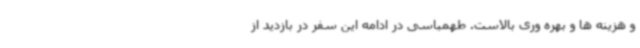
و هزینه ها و بهره وری بالاست. طهمباسی در ادامه این سفر در بازدید از